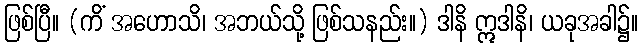
ဖြစ်ပြီ။ (ကိံ အဟောသိ၊ အဘယ်သို့ ဖြစ်သနည်း။) ဒါနိ ဣဒါနိ၊ ယခုအခါ၌။